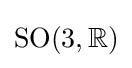
{\text{SO}}(3,\mathbb {R} )